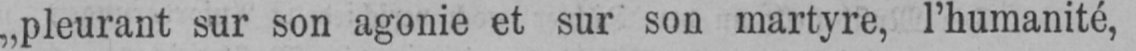
„pleurant sur son agonie et sur son martyre, l’humanité,